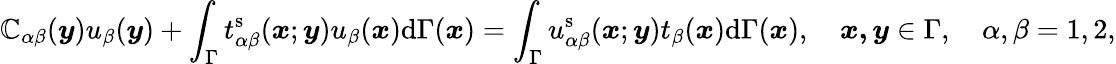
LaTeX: \mathbb{C}_{\alpha\beta}(\boldsymbol{y})u_{\beta}(\boldsymbol{y})+\int_{\Gamma}t_{\alpha\beta}^{\mathrm{{s}}}(\boldsymbol{x};\boldsymbol{y})u_{\beta}(\boldsymbol{x})\mathrm{{d}}\Gamma(\boldsymbol{x})=\int_{\Gamma}u_{\alpha\beta}^{\mathrm{{s}}}(\boldsymbol{x};\boldsymbol{y})t_{\beta}(\boldsymbol{x})\mathrm{{d}}\Gamma(\boldsymbol{x}),\quad\boldsymbol{x,y}\in\Gamma,\quad\alpha,\beta=1,2,